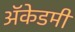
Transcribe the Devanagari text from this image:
अॅकेडमी